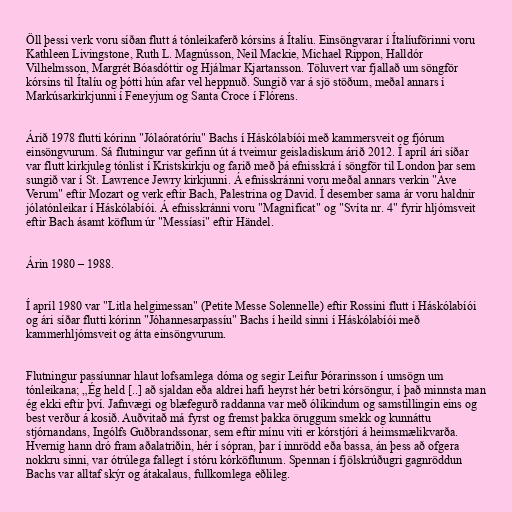
Öll þessi verk voru síðan flutt á tónleikaferð kórsins á Ítalíu. Einsöngvarar í Ítalíuförinni voru
Kathleen Livingstone, Ruth L. Magnússon, Neil Mackie, Michael Rippon, Halldór
Vilhelmsson, Margrét Bóasdóttir og Hjálmar Kjartansson. Töluvert var fjallað um söngför
kórsins til Ítalíu og þótti hún afar vel heppnuð. Sungið var á sjö stöðum, meðal annars í
Markúsarkirkjunni í Feneyjum og Santa Croce í Flórens.

Árið 1978 flutti kórinn "Jólaóratóríu" Bachs í Háskólabíói með kammersveit og fjórum
einsöngvurum. Sá flutningur var gefinn út á tveimur geisladiskum árið 2012. Í apríl ári síðar
var flutt kirkjuleg tónlist í Kristskirkju og farið með þá efnisskrá í söngför til London þar sem
sungið var í St. Lawrence Jewry kirkjunni. Á efnisskránni voru meðal annars verkin "Ave
Verum" eftir Mozart og verk eftir Bach, Palestrina og David. Í desember sama ár voru haldnir
jólatónleikar í Háskólabíói. Á efnisskránni voru "Magnificat" og "Svíta nr. 4" fyrir hljómsveit
eftir Bach ásamt köflum úr "Messíasi" eftir Händel.

Árin 1980 – 1988.

Í apríl 1980 var "Litla helgimessan" (Petite Messe Solennelle) eftir Rossini flutt í Háskólabíói
og ári síðar flutti kórinn "Jóhannesarpassíu" Bachs í heild sinni í Háskólabíói með
kammerhljómsveit og átta einsöngvurum.

Flutningur passíunnar hlaut lofsamlega dóma og segir Leifur Þórarinsson í umsögn um
tónleikana; „Ég held [..] að sjaldan eða aldrei hafi heyrst hér betri kórsöngur, í það minnsta man
ég ekki eftir því. Jafnvægi og blæfegurð raddanna var með ólíkindum og samstillingin eins og
best verður á kosið. Auðvitað má fyrst og fremst þakka öruggum smekk og kunnáttu
stjórnandans, Ingólfs Guðbrandssonar, sem eftir mínu viti er kórstjóri á heimsmælikvarða.
Hvernig hann dró fram aðalatriðin, hér í sópran, þar í innrödd eða bassa, án þess að ofgera
nokkru sinni, var ótrúlega fallegt í stóru kórköflunum. Spennan í fjölskrúðugri gagnröddun
Bachs var alltaf skýr og átakalaus, fullkomlega eðlileg.